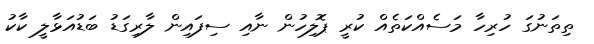
ތިތަނުގަ ހުރިހާ މަސެއްކަތެއް ކުރީ ޕޮލިހުން ނާއި ސިފައިން ލާރިގަޑު ބަޑުއަޅާލީ ކާކު